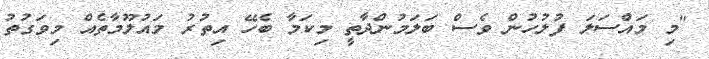
"މި މައްސަލަ ފުލުހުން ވެސް ބަލަމުންދާތީ މިކަމާ ބެހޭ އިތުރު މައުލޫމާތެއް މިވަގުތު